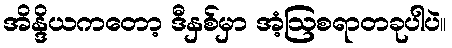
အိန္ဒိယကတော့ ဒီနှစ်မှာ အံ့ဩစရာတခုပါပဲ။